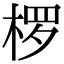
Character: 椤